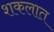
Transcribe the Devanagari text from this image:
शकलात